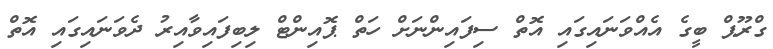
ގްރޫޕް ބީގެ އެއްވަނައިގައި އޮތް ސިފައިންނަށް ހަތް ޕޮއިންޓް ލިބިފައިވާއިރު ދެވަނައިގައި އޮތް